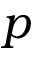
p